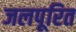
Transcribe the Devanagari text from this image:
जलपूरित